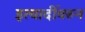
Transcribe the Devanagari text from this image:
इत्यादींवरुन